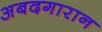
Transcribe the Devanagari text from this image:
अबदगारान